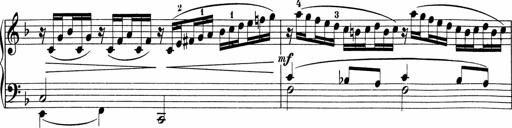
Title: 5 Sonatinen fÃ¼r die Jugend
Composer: Carl Reinecke